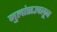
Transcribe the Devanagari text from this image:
मुलांसउचलून